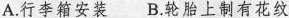
A.行李箱安装 B.轮胎上制有花纹